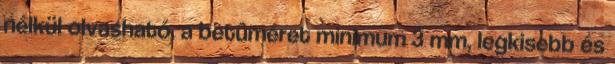
nélkül olvasható, a betûméret minimum 3 mm, legkisebb és